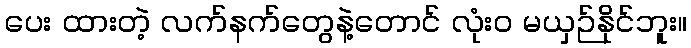
ပေး ထားတဲ့ လက်နက်တွေနဲ့တောင် လုံးဝ မယှဉ်နိုင်ဘူး။